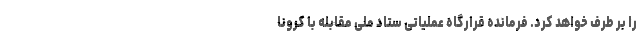
را بر طرف خواهد کرد. فرمانده قرارگاه عملیاتی ستاد ملی مقابله با کرونا